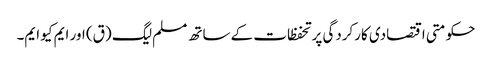
حکومتی اقتصادی کارکردگی پر تحفظات کے ساتھ مسلم لیگ (ق) اور ایم کیو ایم۔